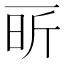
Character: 㪽